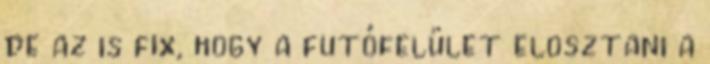
de az is fix, hogy a futófelület elosztani a